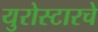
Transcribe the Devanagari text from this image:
युरोस्टारचे